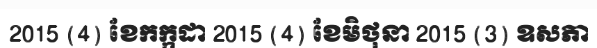
2015 (4) ខែកក្កដា 2015 (4) ខែមិថុនា 2015 (3) ឧសភា